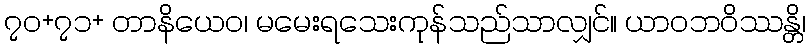
၇၀+၇၁+ တာနိယေဝ၊ မမေးရသေးကုန်သည်သာလျှင်။ ယာဝဘဝိဿန္တိ၊